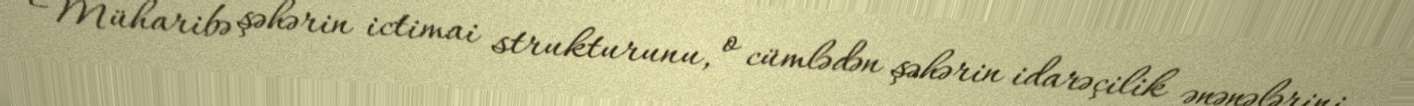
Müharibə şəhərin ictimai strukturunu, o cümlədən şəhərin idarəçilik ənənələrini